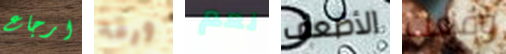
ارجاع ورقه نعم الأضعف وقعت